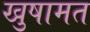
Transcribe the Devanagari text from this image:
खुषामत